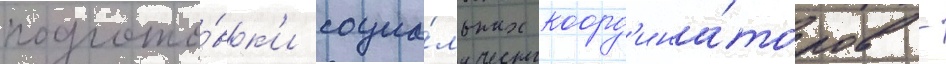
подгото́вк'и социа́льных коорд'ина́торов -